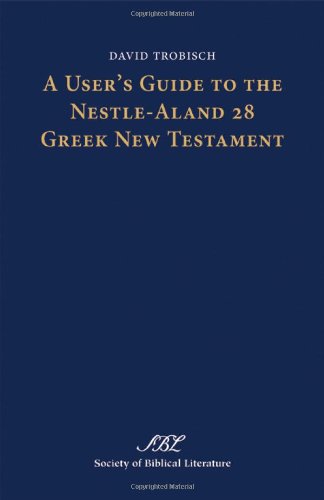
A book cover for A User's Guide to the Nestle-aland 28 Greek New Testament (Society of Biblical Literature Text-Critical Studies); David Trobisch; Christian Books & Bibles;